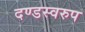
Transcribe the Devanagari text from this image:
दण्डस्वरुप